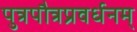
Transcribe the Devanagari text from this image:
पुत्रपौत्रप्रवर्धनम्